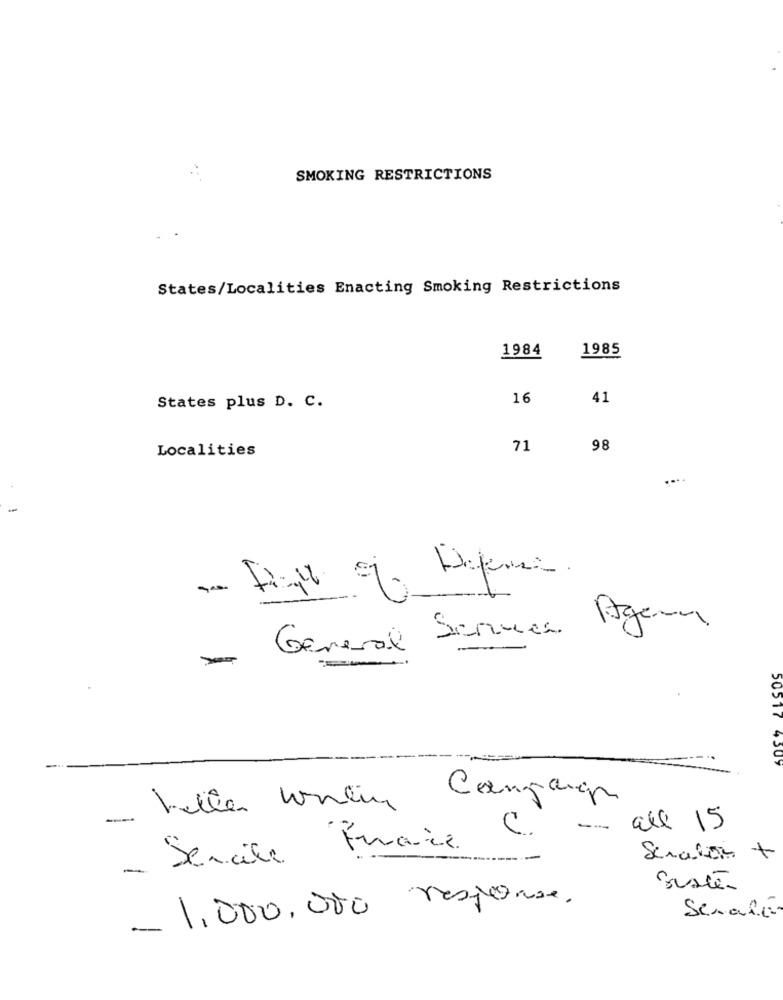
SMOKING RESTRICTIONS
States/Localities Enacting Smoking Restrictions
1984
1985
16
41
States plus D. C.
Localities
71
98
-
General Seruca Igen
-
50517 4309
Cangange
--
all 15
- Serate France
Sisté
- 1.000.000 response.
Serafi